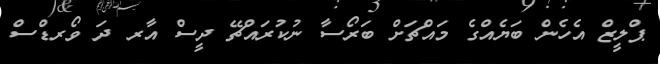
ޕްލީޒް އެހެން ބަޔެއްގެ މައްޗަށް ބަރޯސާ ނުކުރައްޗޭ ދީސް އާރ ދަ ވޯރޑްސް